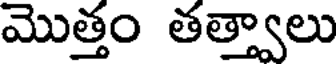
మొత్తం తత్త్వాలు